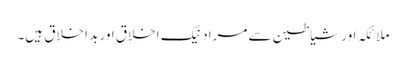
ملائکہ اور شیاطین سے مراد نیک اخلاق اور بد اخلاق ہیں۔